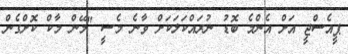
ޕީއެސްޖީ އަށް އެންމެ ބޮޑު ނުރައްކަލަކަށް ވާނެ މެސީ "މޭން މާކް ކޮށްގެން